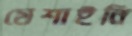
মেশাইনি